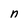
Character: n